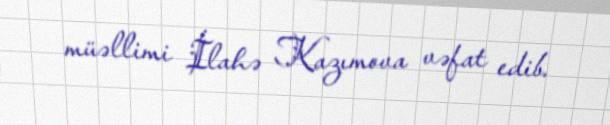
müəllimi İlahə Kazımova vəfat edib.